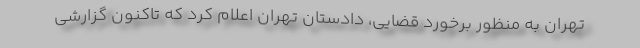
تهران به منظور برخورد قضایی، دادستان تهران اعلام کرد که تاکنون گزارشی